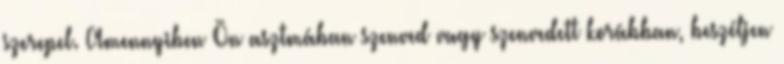
szerepel. Amennyiben Ön asztmában szenved vagy szenvedett korábban, beszéljen